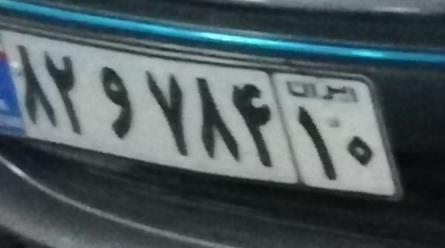
۸۲و۷۸۴۱۰